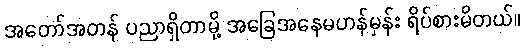
အတော်အတန် ပညာရှိတာမို့ အခြေအနေမဟန်မှန်း ရိပ်စားမိတယ်။